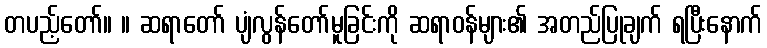
တပည့်တော်။ ။ ဆရာတော် ပျံလွန်တော်မူခြင်းကို ဆရာဝန်များ၏ အတည်ပြုချက် ရပြီးနောက်